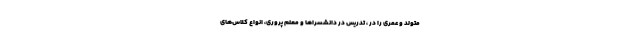
متولد و عمری را در ، تدریس در دانشسرا‌ها و معلم پروری، انواع کلاس‌های